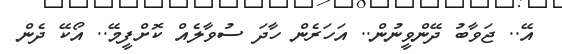
އޭ.. ޖަވާބު ދޭންވީނުން.. އަހަރެން ހާދަ ސުވާލެއް ކޮށްފީމޭ.. އޯކޭ ދެން